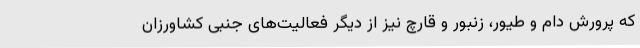
که پرورش دام و طیور، زنبور و قارچ نیز از دیگر فعالیت‌های جنبی کشاورزان